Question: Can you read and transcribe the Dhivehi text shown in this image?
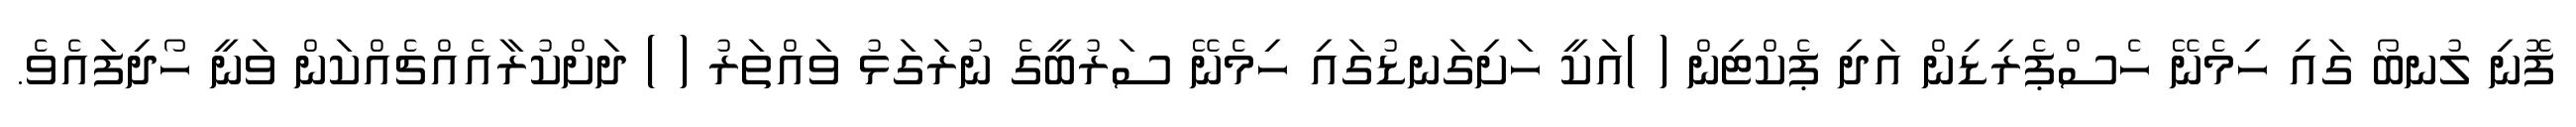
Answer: ފޮނި ލުނބޯ ގައި ހިމެނޭ ހެސްޕެރިޑިން އަދި ޕެކްޓިން ( )އަކީ ހަށިގަނޑުގައި ހިމެނޭ ސަރުބީގެ ނުރަގަޅު ވައްތަރު ( ) ދަށްކުރާއެއްޗެއްކަން ވަނީ ހޯދިފައެވެ.